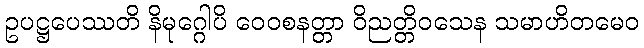
ဥပဋ္ဌပေဿတိ နိမုဂ္ဂေါပိ ဝေဝစနတ္တာ ဝိညတ္တိဝသေန သမာဟိတမေဝ